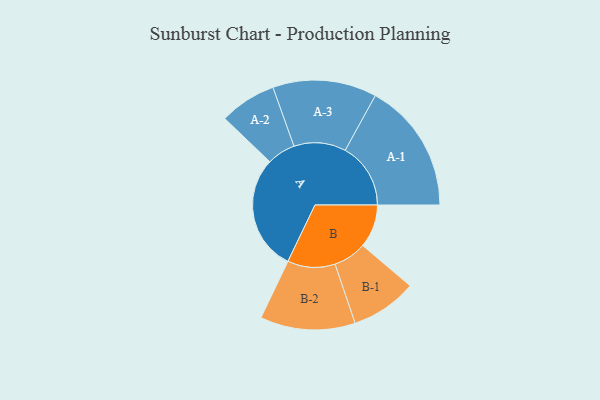
{"axis": {"x": "Segment", "y": "Value"}, "legend": ["", "A", "B"], "data": [{"x": "A", "y": 472, "type": ""}, {"x": "B", "y": 176, "type": ""}, {"x": "A-1", "y": 267, "type": "A"}, {"x": "A-2", "y": 116, "type": "A"}, {"x": "A-3", "y": 212, "type": "A"}, {"x": "B-1", "y": 135, "type": "B"}, {"x": "B-2", "y": 194, "type": "B"}]}